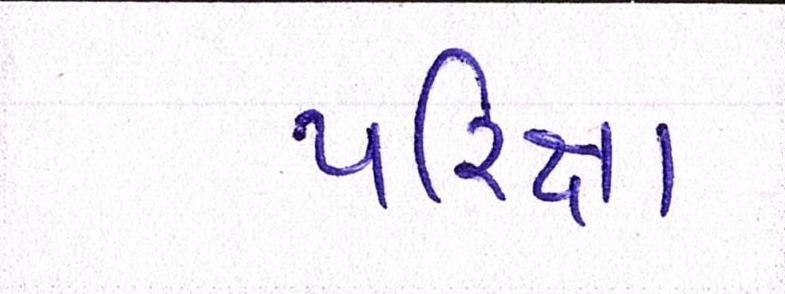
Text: પરિક્ષા